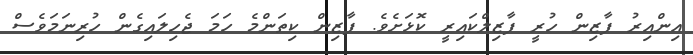
އިންއިރު ފާޒިން ހުރީ ފާޒިލްކައިރީ ކޮޅަށެވެ. ފާޒިން ކިތަންމެ ހަމަ ޖެހިލައިގެން ހުރިނަމަވެސް